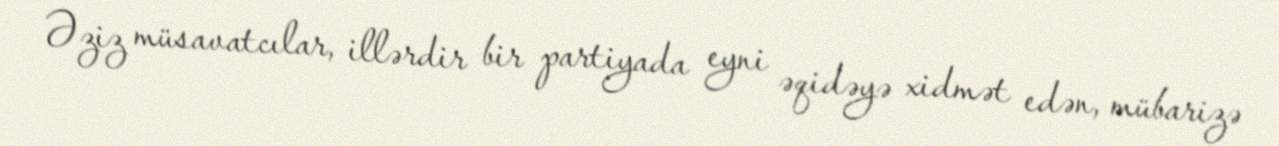
Əziz müsavatcılar, illərdir bir partiyada eyni əqidəyə xidmət edən, mübarizə